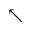
\nwarrow